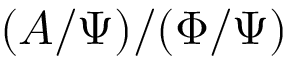
( A / \Psi ) / ( \Phi / \Psi )